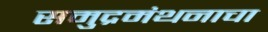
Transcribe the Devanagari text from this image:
समुद्रमंथनाचा